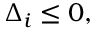
\Delta _ { i } \le 0 ,